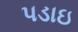
પડાઇ